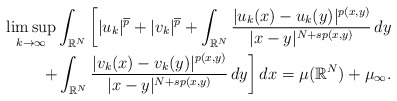
\begin{align*} \limsup_{k \to \infty}\int_{\mathbb{R}^{N} }\bigg[|u_k|^{\overline{p}}+|v_k|^{\overline{p}} + \int_{\mathbb{R}^{N} }\frac{|u_k(x)-u_k(y)|^{p(x,y)}}{|x-y|^{N+sp(x,y)}} \,dy \\ +\int_{\mathbb{R}^{N} }\frac{|v_k(x)-v_k(y)|^{p(x,y)}}{|x-y|^{N+sp(x,y)}} \,dy \bigg]\,dx= \mu (\mathbb{R}^{N}) + \mu_{\infty}. \end{align*}